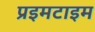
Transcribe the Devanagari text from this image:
प्रइमटाइम